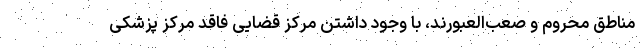
مناطق محروم و صعب‌العبورند، با وجود داشتن مرکز قضایی فاقد مرکز پزشکی